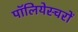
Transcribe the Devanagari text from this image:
पॉलियेस्चरों